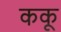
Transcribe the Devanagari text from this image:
ककू